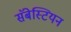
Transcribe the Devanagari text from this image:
सॅबेस्टियन